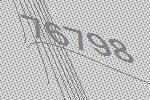
76798